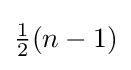
{\textstyle {\frac {1}{2}}(n-1)}